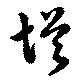
增